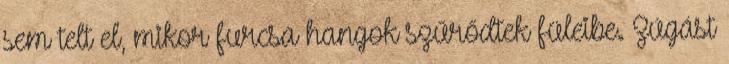
sem telt el, mikor furcsa hangok szűrődtek füleibe. Zúgást